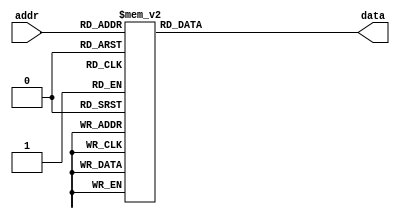
module asynchronus_rom
(
	addr, data
);

input wire [3:0] addr;
output reg [7:0] data;

always @(*) begin
	case (addr)
		4'h0: data = 7'b0000001; 
		4'h1: data = 7'b1001111; 
		4'h2: data = 7'b0010010; 
		4'h3: data = 7'b0000110; 
		4'h4: data = 7'b1001100; 
		4'h5: data = 7'b0100100; 
		4'h6: data = 7'b0100000; 
		4'h7: data = 7'b0001111; 
		4'h8: data = 7'b0000000; 
		4'h9: data = 7'b0000100; 
		4'ha: data = 7'b0001000; 
		4'hb: data = 7'b1100000; 
		4'hc: data = 7'b0110001; 
		4'hd: data = 7'b1000010; 
		4'he: data = 7'b0110000; 
		4'hf: data = 7'b0111000;
	endcase
end

endmodule